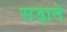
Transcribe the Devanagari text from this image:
सड़ाने